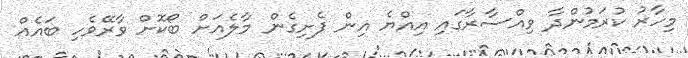
މިހާރު ކުރަމުންދާ ވިއްސާރާގައި އިއްޔެ އިން ފެށިގެން މާލެއަށް ބޯކޮށް ވާރޭވެހި ބައެއް